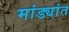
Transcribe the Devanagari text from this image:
मांड्यांत